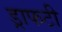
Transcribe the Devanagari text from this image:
ड्राफटी